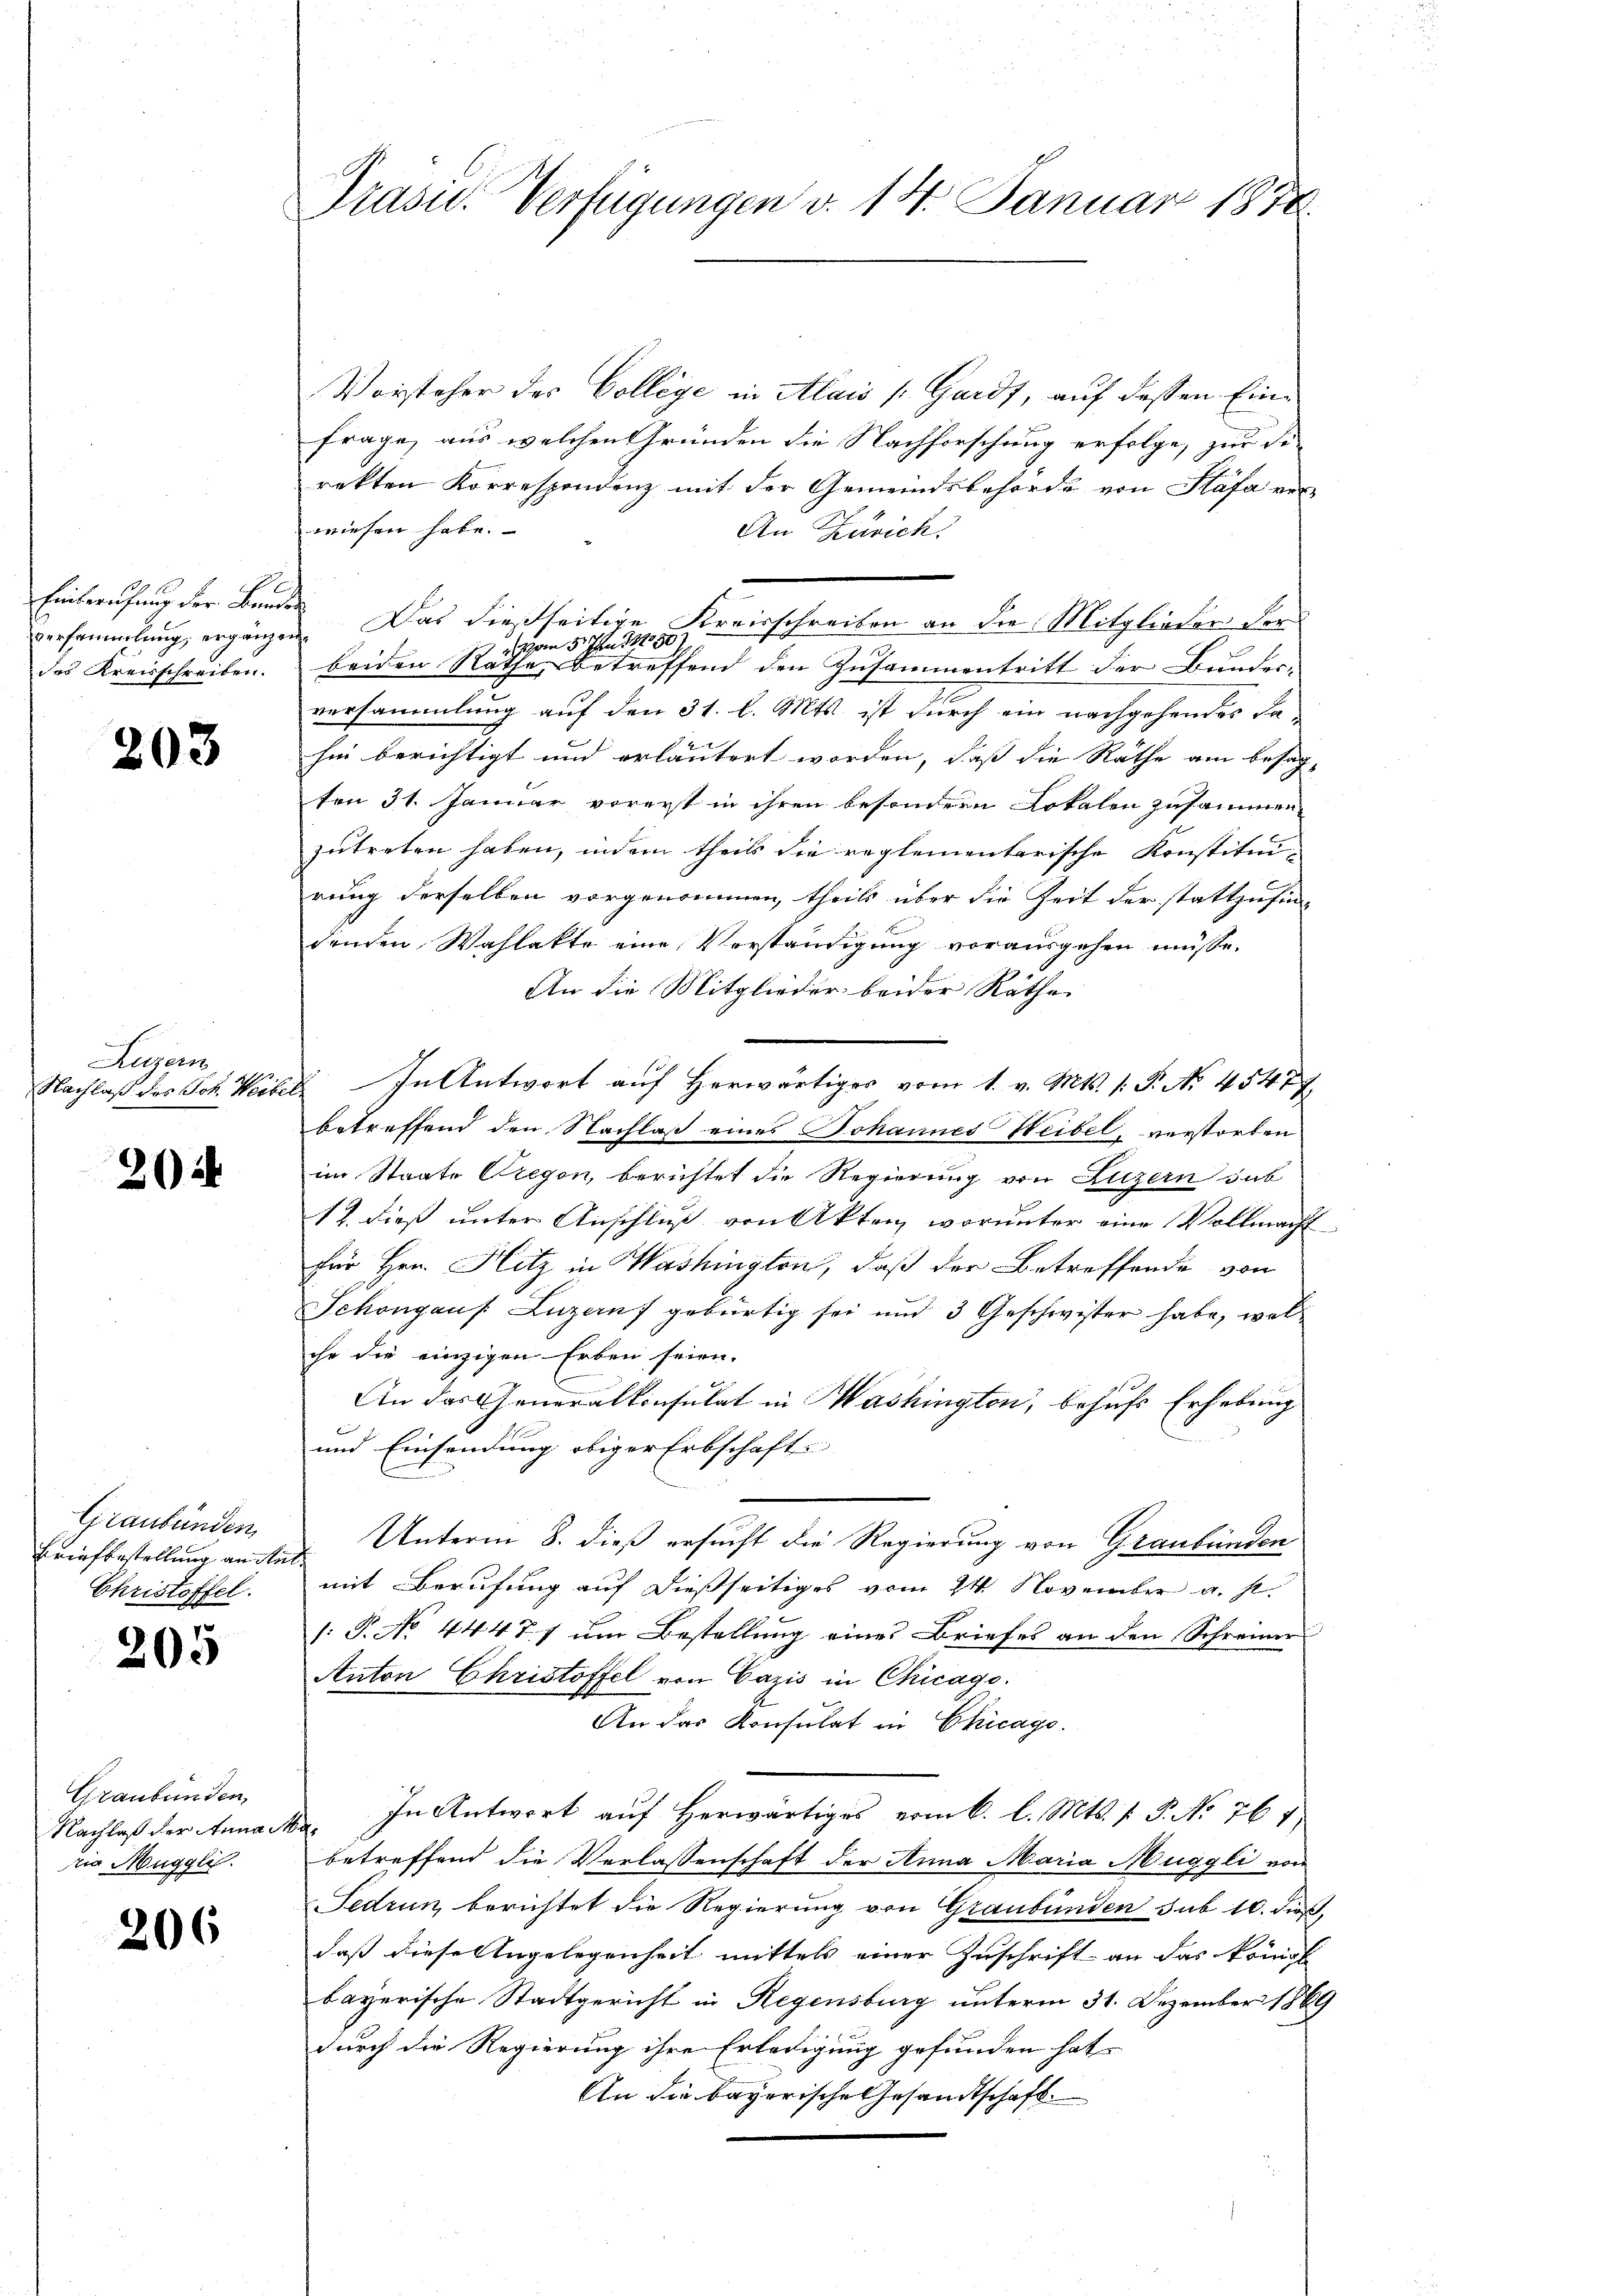
Einberufung der Bandes
versammlung, ergänzen.
des Kreisschreiben.

203

Augen

20

Graubünden,
Briefbestellung an Aus¬
Christoffel.

205

Graubünden,
Nachlaß der Anna
ria Muggli.

206

Präsid. Verfügungen v. 14. Januar 1874.

Vorsteher des College in Alois Gards, auf dessen Einfrage, aus welchen Gründen die Nachforschung erfolge, zur di
rekten Korrespondenz mit der Gemeindsbehörde von Stäfa verwiesen habe.
An Zürich.
Das dießseitige Kreisschreiben an die Mitglieder der
vom 5. Juni 1890
beiden Räthe betreffend den Zusammentritt der Bundes-
versammlung auf den 31. l. Mts. ist durch ein nachgehendes Fahin berichtigt und erläutert worden, daß die Räthe am besagten 31. Januar vorerst in ihren besondern Lokalen zusammen
zutreten haben, indem theils die reglementarische Konstituirung derselben vorgenommen, theils über die Zeit der stattzufindenden Wahlakte eine Verständigung vorausgehen müsse.
An die Mitglieder beider Räthe
Nachlaß des Joh. Weibel. In Antwort auf herwärtiges vom 1. v. Mts. (: P. No. 45477
betreffend den Nachlaß eines Johannes Heibel, verstorben
im Staate Gregon, berichtet die Regierung von Luzern sub
12. dieß unter Anschluß von Akten, worunter eine Vollmacht
für Hrn. Hitz in Washington, daß der Betreffende von
Schongaus. Luzenf gebürtig sei und 3 Geschwister habe, welchr die einzigen Erben seien.
An das Generalkonsulat in Washington, behufs Erhebung
und Einsendung obiger Erbschaft
Unterm 8. dieß ersucht die Regierung von Graubünden
mit Berufung auf dießseitiges vom 24. November a. s.
1. P. No 44471 um Bestellung eines Briefes an den Schreiner
Anton Christoffel von Cazis in Chicago
An das Konsulat in Chicago
In Antwort auf herwärtiges vom 6. l. Mts. f. P. No 761
s
betreffend die Verlassenschaft der Anna Maria Muggli von
Fedrun berichtet die Regierung von Graubünden sub 10. dieß,
daß diese Angelegenheit mittels einer Zuschrift an das kompl
bayerische Stadtgericht in Regensburg unterm 31. Dezember 1869
durch die Regierung ihre Erledigung gefunden hat,
An die bayerische Gesandtschaft.